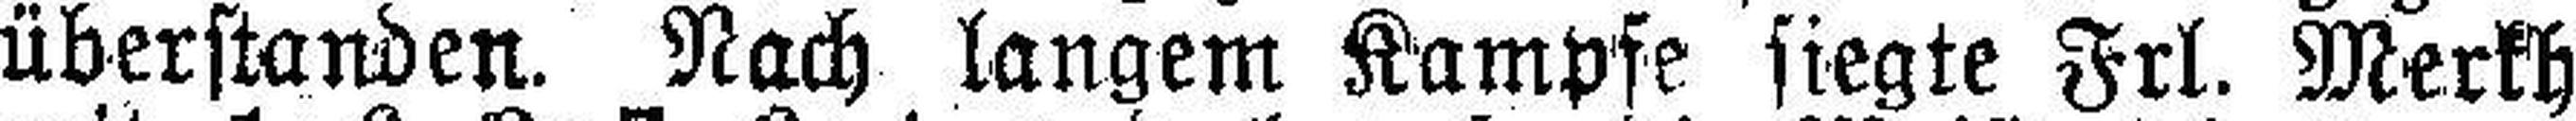
überstanden. Nach langem Kampfe siegte Frl. Merkh